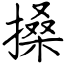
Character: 搡